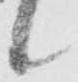
候